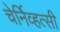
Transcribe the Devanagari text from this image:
चेर्निव्हत्सी